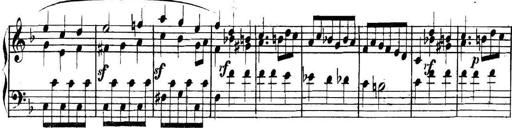
Title: Collected Piano Sonatas
Composer: Muzio Clementi